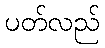
ပတ်လည်